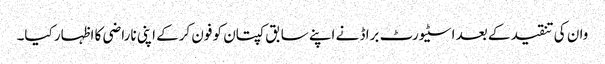
وان کی تنقید کے بعد اسٹیورٹ براڈ نے اپنے سابق کپتان کو فون کرکے اپنی ناراضی کا اظہار کیا۔